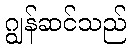
ဂျွန်ဆင်သည်